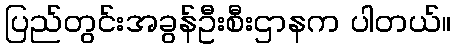
ပြည်တွင်းအခွန်ဦးစီးဌာနက ပါတယ်။